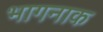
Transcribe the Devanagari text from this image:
भागनाक